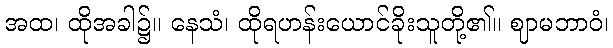
အထ၊ ထိုအခါ၌။ နေသံ၊ ထိုရဟန်းယောင်ခိုးသူတို့၏။ ဈာမဘာဝံ၊